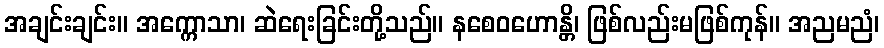
အချင်းချင်း။ အက္ကောသာ၊ ဆဲရေးခြင်းတို့သည်။ နစေဝဟောန္တိ၊ ဖြစ်လည်းမဖြစ်ကုန်။ အညမညံ၊